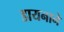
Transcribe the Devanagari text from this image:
डायनाने